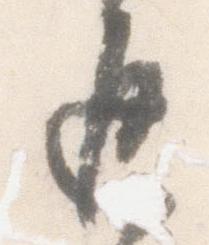
返